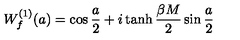
W _ { f } ^ { ( 1 ) } ( a ) = \cos { \frac { a } { 2 } } + i \tanh { \frac { \beta M } { 2 } } \sin { \frac { a } { 2 } }